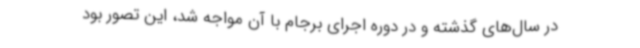
در سال‌های گذشته و در دوره اجرای برجام با آن مواجه شد، این تصور بود